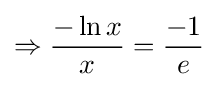
\Rightarrow {\frac {-\ln x}{x}}={\frac {-1}{e}}